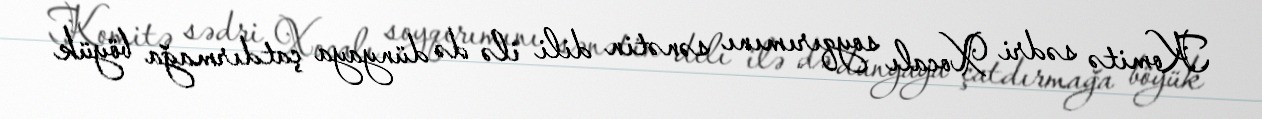
Komitə sədri Xocalı soyqırımını sənətin dili ilə də dünyaya çatdırmağa böyük